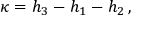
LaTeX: \kappa = h _ { 3 } - h _ { 1 } - h _ { 2 } \, ,